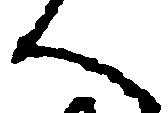
へ